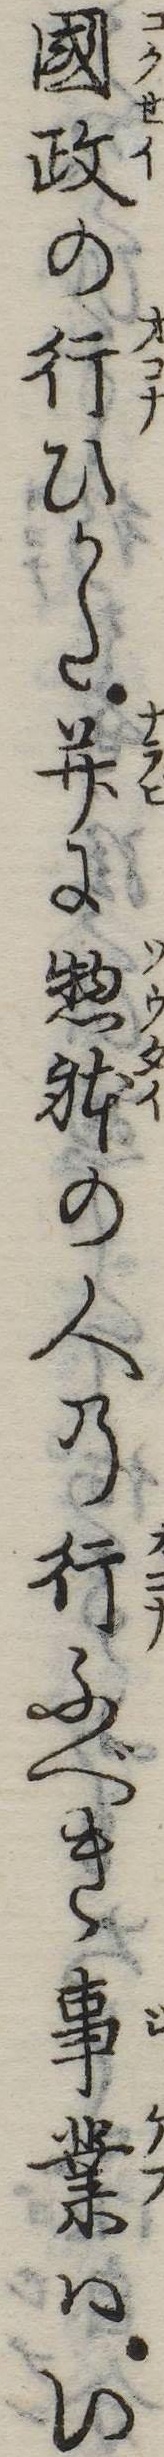
国政の行ひかた并に惣体の人の行ふべき事業はい